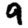
Digit: 9